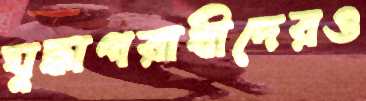
যুদ্ধাপরাধীদেরও